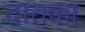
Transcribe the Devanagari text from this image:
दातका